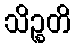
သိဉ္စတိ